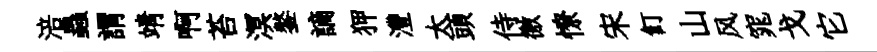
涪蟲謂靖啊苔溟鏊謫狎灃太頭侍徼憭宋飣山风窕戈它